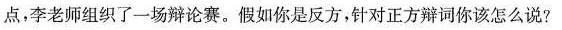
点，李老师组织了一场辩论赛。假如你是反方，针对正方辩词你该怎么说?